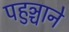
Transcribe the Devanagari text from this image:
पहुञ्चाने